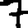
Digit: 7